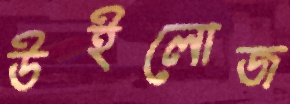
উইলোজ